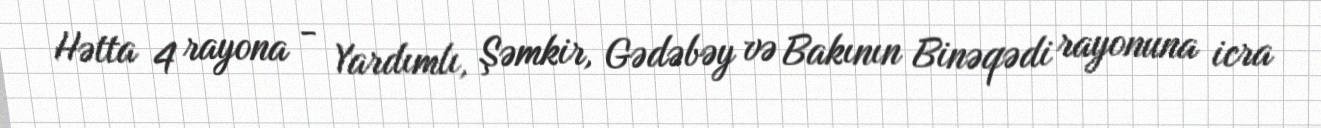
Hətta 4 rayona - Yardımlı, Şəmkir, Gədəbəy və Bakının Binəqədi rayonuna icra